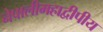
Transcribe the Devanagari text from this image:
नेपालीमहाद्वीपीय